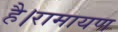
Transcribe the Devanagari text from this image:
है।रामायण